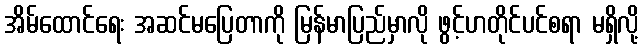
အိမ်ထောင်ရေး အဆင်မပြေတာကို မြန်မာပြည်မှာလို ဖွင့်ဟတိုင်ပင်စရာ မရှိလို့